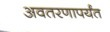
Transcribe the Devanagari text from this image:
अवतरणापर्यंत